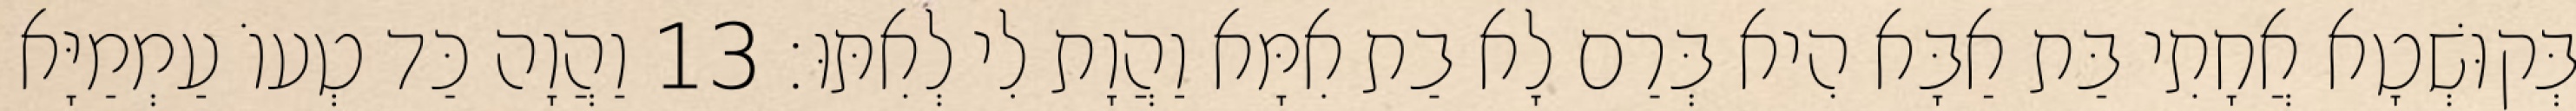
בְּקוּשְׁטָא אֲחָתִי בַּת אַבָּא הִיא בְּרַם לָא בַת אִמָּא וַהֲוָת לִי לְאִתּוּ׃ 13 וַהֲוָה כַּד טְעוֹ עַמְמַיָּא